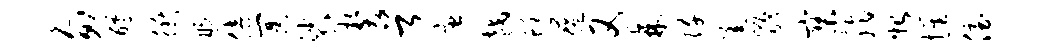
匆醵衢煦倍冥裟契首唐越蜓蕴又棘阡焦龄寥脂始惺侄